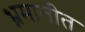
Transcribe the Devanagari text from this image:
भ्रमातीत